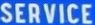
SERVICE